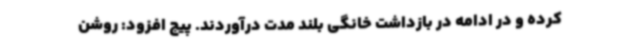
کرده و در ادامه در بازداشت خانگی بلند مدت درآوردند. پیج افزود: روشن